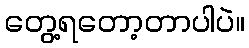
တွေ့ရတော့တာပါပဲ။